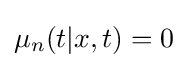
\mu _{n}(t|x,t)=0